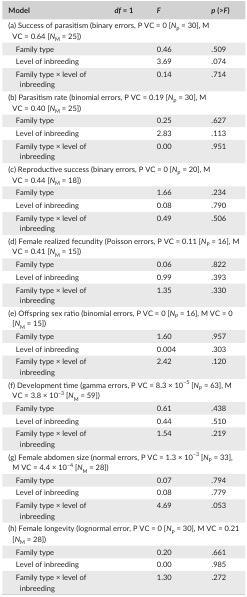
<table><thead><tr><td><b>Model</b></td><td><b><i>df</i> = 1</b></td><td><b><i>F</i></b></td><td><b><i>p</i> (&gt;<i>F</i>)</b></td></tr></thead><tbody><tr><td colspan="4">(a) Success of parasitism (binary errors, P VC = 0 [<i>N</i><sub>P</sub> = 30], M VC = 0.64 [<i>N</i><sub>M</sub> = 25])</td></tr><tr><td>Family type</td><td></td><td>0.46</td><td>.509</td></tr><tr><td>Level of inbreeding</td><td></td><td>3.69</td><td>.074</td></tr><tr><td>Family type × level of inbreeding</td><td></td><td>0.14</td><td>.714</td></tr><tr><td colspan="4">(b) Parasitism rate (binomial errors, P VC = 0.19 [<i>N</i><sub>P</sub> = 30], M VC = 0.40 [<i>N</i><sub>M</sub> = 25])</td></tr><tr><td>Family type</td><td></td><td>0.25</td><td>.627</td></tr><tr><td>Level of inbreeding</td><td></td><td>2.83</td><td>.113</td></tr><tr><td>Family type × level of inbreeding</td><td></td><td>0.00</td><td>.951</td></tr><tr><td colspan="4">(c) Reproductive success (binary errors, P VC = 0 [<i>N</i><sub>P</sub> = 20], M VC = 0.44 [<i>N</i><sub>M</sub> = 18])</td></tr><tr><td>Family type</td><td></td><td>1.66</td><td>.234</td></tr><tr><td>Level of inbreeding</td><td></td><td>0.08</td><td>.790</td></tr><tr><td>Family type × level of inbreeding</td><td></td><td>0.49</td><td>.506</td></tr><tr><td colspan="4">(d) Female realized fecundity (Poisson errors, P VC = 0.11 [<i>N</i><sub>P</sub> = 16], M VC = 0.41 [<i>N</i><sub>M</sub> = 15])</td></tr><tr><td>Family type</td><td></td><td>0.06</td><td>.822</td></tr><tr><td>Level of inbreeding</td><td></td><td>0.99</td><td>.393</td></tr><tr><td>Family type × level of inbreeding</td><td></td><td>1.35</td><td>.330</td></tr><tr><td colspan="4">(e) Offspring sex ratio (binomial errors, P VC = 0 [<i>N</i><sub>P</sub> = 16], M VC = 0 [<i>N</i><sub>M</sub> = 15])</td></tr><tr><td>Family type</td><td></td><td>1.60</td><td>.957</td></tr><tr><td>Level of inbreeding</td><td></td><td>0.004</td><td>.303</td></tr><tr><td>Family type × level of inbreeding</td><td></td><td>2.42</td><td>.120</td></tr><tr><td colspan="4">(f) Development time (gamma errors, P VC = 8.3 × 10<sup>−5</sup> [<i>N</i><sub>P</sub> = 63], M VC = 3.8 × 10<sup>−3</sup> [<i>N</i><sub>M</sub> = 59])</td></tr><tr><td>Family type</td><td></td><td>0.61</td><td>.438</td></tr><tr><td>Level of inbreeding</td><td></td><td>0.44</td><td>.510</td></tr><tr><td>Family type × level of inbreeding</td><td></td><td>1.54</td><td>.219</td></tr><tr><td colspan="4">(g) Female abdomen size (normal errors, P VC = 1.3 × 10<sup>−3</sup> [<i>N</i><sub>P</sub> = 33], M VC = 4.4 × 10<sup>−4</sup> [<i>N</i><sub>M</sub> = 28])</td></tr><tr><td>Family type</td><td></td><td>0.07</td><td>.794</td></tr><tr><td>Level of inbreeding</td><td></td><td>0.08</td><td>.779</td></tr><tr><td>Family type × level of inbreeding</td><td></td><td>4.69</td><td>.053</td></tr><tr><td colspan="4">(h) Female longevity (lognormal error, P VC = 0 [<i>N</i><sub>P</sub> = 30], M VC = 0.21 [<i>N</i><sub>M</sub> = 28])</td></tr><tr><td>Family type</td><td></td><td>0.20</td><td>.661</td></tr><tr><td>Level of inbreeding</td><td></td><td>0.00</td><td>.985</td></tr><tr><td>Family type × level of inbreeding</td><td></td><td>1.30</td><td>.272</td></tr></tbody></table>